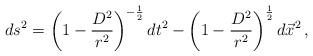
LaTeX: \begin{align*}ds^{2}= \left(1-\frac{D^{2}}{r^{2}}\right)^{-\frac{1}{2}}dt^{2}-\left(1-\frac{D^{2}}{r^{2}}\right)^{\frac{1}{2}}d\vec{x}^{2}\, ,\end{align*}